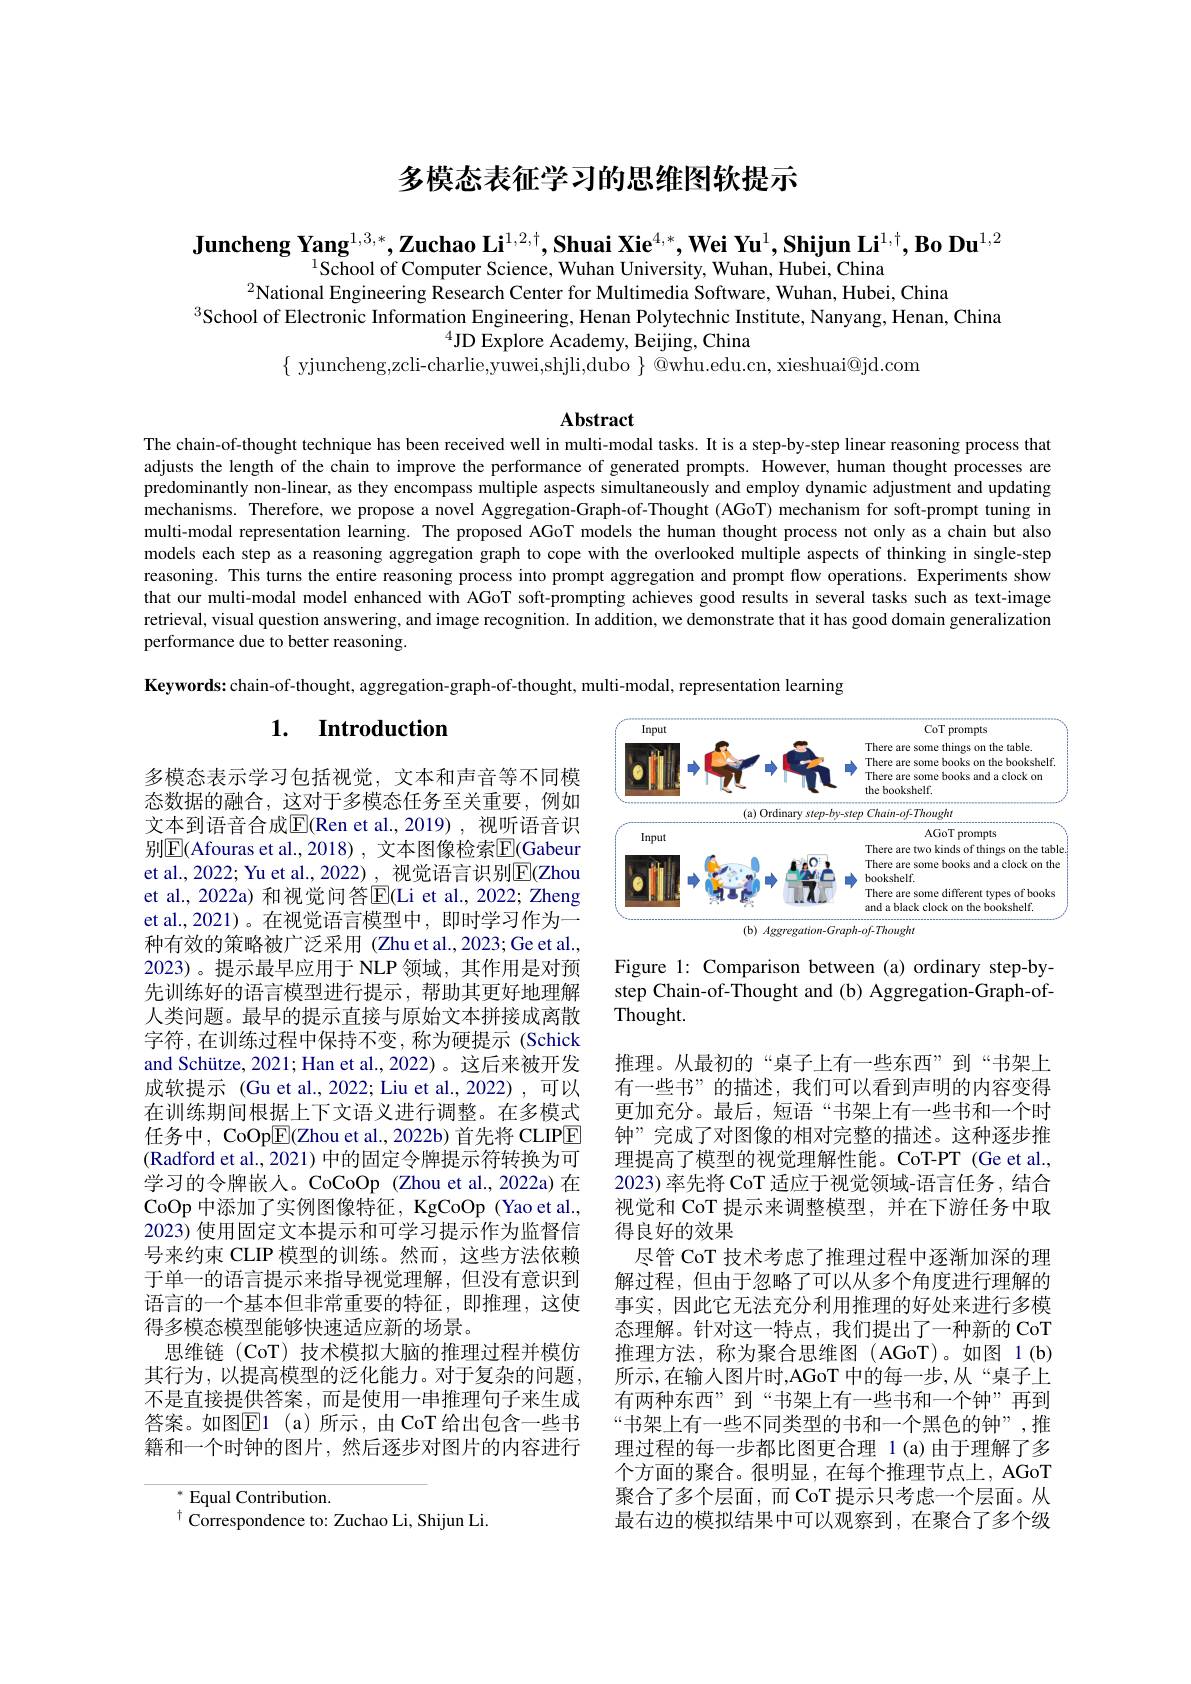
# 多模态表征学习的思维图软提示

Juncheng Yang$^1,3,*,\textbf{Zuchao Li}^{1,2,\dagger},\textbf{Shuai Xie}^{4,*},\textbf{Wei Yu}^1,\textbf{Shijun Li}^{1,\dagger},\textbf{Bo Du}^{1,2}$
$^{1}$School of Computer Science, Wuhan University, Wuhan, Hubei, China
$^{2}$National Engineering Research Center for Multimedia Software, Wuhan, Hubei, China
$^{3}$School of Electronic Information Engineering, Henan Polytechnic Institute, Nanyang, Henan, China
$^{4}$JD Explore Academy, Beijing, China
$\{$ yjuncheng,zcli-charlie,yuwei,shjli,dubo $\}$ @whu.edu.cn, xieshuai@jd.com

$\mathbf{Abstract}$
The chain-of-thought technique has been received well in multi-modal tasks. It is a step-by-step linear reasoning process that

adjusts the length of the chain to improve the performance of generated prompts. However, human thought processes are predominantly non-linear, as they encompass multiple aspects simultaneously and employ dynamic adjustment and updating mechanisms. Therefore, we propose a novel Aggregation-Graph-of-Thought (AGoT) mechanism for soft-prompt tuning in multi-modal representation learning. The proposed AGoT models the human thought process not only as a chain but also models each step as a reasoning aggregation graph to cope with the overlooked multiple aspects of thinking in single-step reasoning. This turns the entire reasoning process into prompt aggregation and prompt flow operations. Experiments show that our multi-modal model enhanced with AGoT soft-prompting achieves good results in several tasks such as text-image retrieval, visual question answering, and image recognition. In addition, we demonstrate that it has good domain generalization performance due to better reasoning.
Keywords: chain-of-thought, aggregation-graph-of-thought, multi-modal, representation learning

# 1. Introduction

<FigureHere>

Figure 1: Comparison between (a) ordinary step-bystep Chain-of-Thought and (b) Aggregation-Graph-ofThought.

多模态表示学习包括视觉，文本和声音等不同模态数据的融合，这对于多模态任务至关重要，例如文本到语音合成$\overline{\mathrm{E}}$(Ren et al.,2019),视听语音识别$\underline{\mathrm{E}}($Afouras et al.,2018) , 文本图像检索$\underline{\mathrm{E}}($Gabeur et al., 2022; Yu et al., 2022) , 视觉语言识别$\mathbb{E}($Zhou et al., 2022a) 和视觉问答$\overline{\mathrm{E}}($Li et al., 2022; Zheng et al.,2021)。在视觉语言模型中，即时学习作为一种有效的策略被广泛采用 (Zhu et al.,2023; Ge et al., 2023)。提示最早应用于 NLP 领域，其作用是对预先训练好的语言模型进行提示，帮助其更好地理解人类问题。最早的提示直接与原始文本拼接成离散字符，在训练过程中保持不变，称为硬提示(Schick and Schütze, 2021; Han et al., 2022)。这后来被开发成软提示 (Gu et al., 2022; Liu et al., 2022),可以在训练期间根据上下文语义进行调整。在多模式任务中，CoOp$\boxed{\mathrm{E}}$(Zhou et al., 2022b) 首先将 CLIPE (Radford et al., 2021) 中的固定令牌提示符转换为可学习的令牌嵌人。CoCoOp (Zhou et al.,2022a) 在CoOp 中添加了实例图像特征，KgCoOp (Yao et al., 2023) 使用固定文本提示和可学习提示作为监督信号来约束 CLIP 模型的训练。然而，这些方法依赖于单一的语言提示来指导视觉理解，但没有意识到语言的一个基本但非常重要的特征，即推理，这使得多模态模型能够快速适应新的场景。
思维链(CoT) 技术模拟大脑的推理过程并模仿其行为，以提高模型的泛化能力。对于复杂的问题， 不是直接提供答案，而是使用一串推理句子来生成答案。如图$\overline{\mathbb{E}}$1(a)所示，由CoT给出包含一些书籍和一个时钟的图片，然后逐步对图片的内容进行

推理。从最初的“桌子上有一些东西”到“书架上有一些书”的描述，我们可以看到声明的内容变得更加充分。最后，短语“书架上有一些书和一个时钟”完成了对图像的相对完整的描述。这种逐步推理提高了模型的视觉理解性能。CoT-PT (Ge et al., 2023) 率先将 CoT 适应于视觉领域-语言任务，结合视觉和 CoT 提示来调整模型，并在下游任务中取得良好的效果
尽管 CoT 技术考虑了推理过程中逐渐加深的理解过程，但由于忽略了可以从多个角度进行理解的事实，因此它无法充分利用推理的好处来进行多模态理解。针对这一特点，我们提出了一种新的 CoT 推理方法，称为聚合思维图(AGoT)。如图 1(b) 所示，在输入图片时，AGoT 中的每一步，从“桌子上有两种东西”到“书架上有一些书和一个钟”再到“书架上有一些不同类型的书和一个黑色的钟”,推理过程的每一步都比图更合理 1(a)由于理解了多个方面的聚合。很明显，在每个推理节点上，AGoT 聚合了多个层面，而 CoT 提示只考虑一个层面。从最右边的模拟结果中可以观察到，在聚合了多个级

$^*$ Equal Contribution.
$^{\dagger}$ Correspondence to: Zuchao Li, Shijun Li.